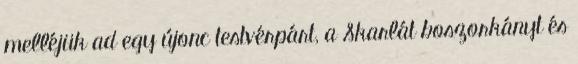
melléjük ad egy újonc testvérpárt, a Skarlát boszorkányt és